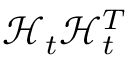
\mathbf { \mathcal { H } } _ { t } \mathbf { \mathcal { H } } _ { t } ^ { T }